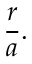
{ \frac { r } { a } } .